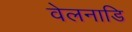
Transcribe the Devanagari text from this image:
वेलनाडि